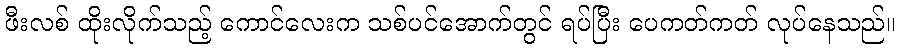
ဖီးလစ် ထိုးလိုက်သည့် ကောင်လေးက သစ်ပင်အောက်တွင် ရပ်ပြီး ပေကတ်ကတ် လုပ်နေသည်။